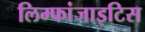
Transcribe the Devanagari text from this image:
लिम्फांजाइटिस